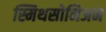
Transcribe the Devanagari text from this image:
स्मिथसोनिअन